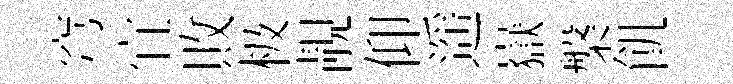
穹宜敗极靚仰遥嶽槃飢